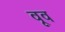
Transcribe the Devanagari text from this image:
वूव